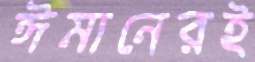
ঈমানেরই